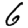
Digit: 6